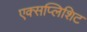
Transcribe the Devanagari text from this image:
एक्सप्लिशिट